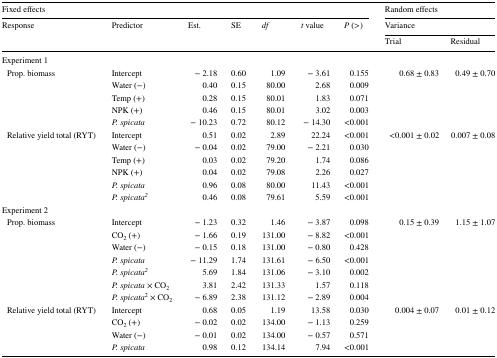
<table><thead><tr><td colspan="7"><b>Fixed effects</b></td><td colspan="2"><b>Random effects</b></td></tr><tr><td rowspan="2"><b>Response</b></td><td rowspan="2"><b>Predictor</b></td><td rowspan="2"><b>Est.</b></td><td rowspan="2"><b>SE</b></td><td rowspan="2"><b><i>df</i></b></td><td rowspan="2"><b><i>t</i> value</b></td><td rowspan="2"><b><i>P</i> (&gt;)</b></td><td colspan="2"><b>Variance</b></td></tr><tr><td><b>Trial</b></td><td><b>Residual</b></td></tr></thead><tbody><tr><td>Experiment 1</td><td></td><td></td><td></td><td></td><td></td><td></td><td></td><td></td></tr><tr><td> Prop. biomass</td><td>Intercept</td><td>− 2.18</td><td>0.60</td><td>1.09</td><td>− 3.61</td><td>0.155</td><td>0.68 ± 0.83</td><td>0.49 ± 0.70</td></tr><tr><td></td><td>Water (−)</td><td>0.40</td><td>0.15</td><td>80.00</td><td>2.68</td><td>0.009</td><td></td><td></td></tr><tr><td></td><td>Temp (+)</td><td>0.28</td><td>0.15</td><td>80.01</td><td>1.83</td><td>0.071</td><td></td><td></td></tr><tr><td></td><td>NPK (+)</td><td>0.46</td><td>0.15</td><td>80.01</td><td>3.02</td><td>0.003</td><td></td><td></td></tr><tr><td></td><td><i>P. spicata</i></td><td>− 10.23</td><td>0.72</td><td>80.12</td><td>− 14.30</td><td>&lt;0.001</td><td></td><td></td></tr><tr><td> Relative yield total (RYT)</td><td>Intercept</td><td>0.51</td><td>0.02</td><td>2.89</td><td>22.24</td><td>&lt;0.001</td><td>&lt;0.001 ± 0.02</td><td>0.007 ± 0.08</td></tr><tr><td></td><td>Water (−)</td><td>− 0.04</td><td>0.02</td><td>79.00</td><td>− 2.21</td><td>0.030</td><td></td><td></td></tr><tr><td></td><td>Temp (+)</td><td>0.03</td><td>0.02</td><td>79.20</td><td>1.74</td><td>0.086</td><td></td><td></td></tr><tr><td></td><td>NPK (+)</td><td>0.04</td><td>0.02</td><td>79.08</td><td>2.26</td><td>0.027</td><td></td><td></td></tr><tr><td></td><td><i>P. spicata</i></td><td>0.96</td><td>0.08</td><td>80.00</td><td>11.43</td><td>&lt;0.001</td><td></td><td></td></tr><tr><td></td><td><i>P. spicata</i><sup><i>2</i></sup></td><td>0.46</td><td>0.08</td><td>79.61</td><td>5.59</td><td>&lt;0.001</td><td></td><td></td></tr><tr><td>Experiment 2</td><td></td><td></td><td></td><td></td><td></td><td></td><td></td><td></td></tr><tr><td> Prop. biomass</td><td>Intercept</td><td>− 1.23</td><td>0.32</td><td>1.46</td><td>− 3.87</td><td>0.098</td><td>0.15 ± 0.39</td><td>1.15 ± 1.07</td></tr><tr><td></td><td>CO<sub>2</sub> (+)</td><td>− 1.66</td><td>0.19</td><td>131.00</td><td>− 8.82</td><td>&lt;0.001</td><td></td><td></td></tr><tr><td></td><td>Water (−)</td><td>− 0.15</td><td>0.18</td><td>131.00</td><td>− 0.80</td><td>0.428</td><td></td><td></td></tr><tr><td></td><td><i>P. spicata</i></td><td>− 11.29</td><td>1.74</td><td>131.61</td><td>− 6.50</td><td>&lt;0.001</td><td></td><td></td></tr><tr><td></td><td><i>P. spicata</i><sup><i>2</i></sup></td><td>5.69</td><td>1.84</td><td>131.06</td><td>− 3.10</td><td>0.002</td><td></td><td></td></tr><tr><td></td><td><i>P. spicata</i> × CO<sub>2</sub></td><td>3.81</td><td>2.42</td><td>131.33</td><td>1.57</td><td>0.118</td><td></td><td></td></tr><tr><td></td><td><i>P. spicata</i><sup>2</sup> × CO<sub>2</sub></td><td>− 6.89</td><td>2.38</td><td>131.12</td><td>− 2.89</td><td>0.004</td><td></td><td></td></tr><tr><td> Relative yield total (RYT)</td><td>Intercept</td><td>0.68</td><td>0.05</td><td>1.19</td><td>13.58</td><td>0.030</td><td>0.004 ± 0.07</td><td>0.01 ± 0.12</td></tr><tr><td></td><td>CO<sub>2</sub> (+)</td><td>− 0.02</td><td>0.02</td><td>134.00</td><td>− 1.13</td><td>0.259</td><td></td><td></td></tr><tr><td></td><td>Water (−)</td><td>− 0.01</td><td>0.02</td><td>134.00</td><td>− 0.57</td><td>0.571</td><td></td><td></td></tr><tr><td></td><td><i>P. spicata</i></td><td>0.98</td><td>0.12</td><td>134.14</td><td>7.94</td><td>&lt;0.001</td><td></td><td></td></tr></tbody></table>